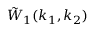
\tilde { W } _ { 1 } ( k _ { 1 } , k _ { 2 } )